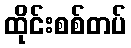
ထိုင်းစစ်တပ်